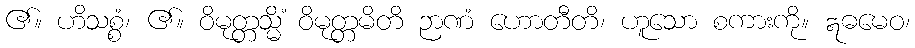
၏။ ဟိသစ္စံ၊ ၏။ ဝိမုတ္တသ္မိံ ဝိမုတ္တမိတိ ဉာဏံ ဟောတီတိ၊ ဟူသော စကားကို။ ဣဓမေဝ၊